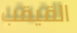
القيقب